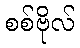
စစ်ဗိုလ်